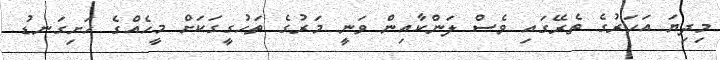
މިދިޔަ އަހަރުގެ ތެރޭގައި ވެސް ލަންކާއިން ވަނީ މަރުގެ ތަހުގީގަކަށް މީހެއްގެ ހަށިގަނޑު